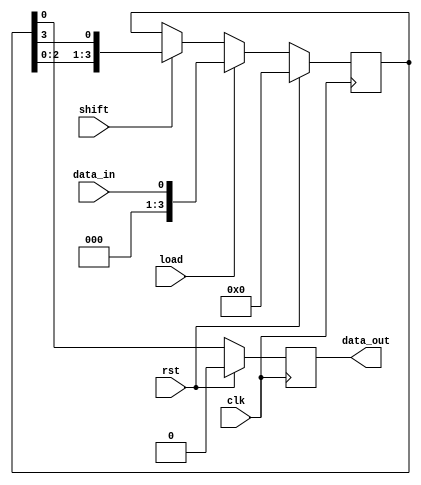
module PISO_shift_register (
    input wire clk,
    input wire rst,
    input wire data_in,
    input wire shift,
    input wire load,
    output reg data_out
);

reg [3:0] flip_flops;

always @ (posedge clk) begin
    if (rst) begin
        flip_flops <= 4'b0000;
        data_out <= 1'b0;
    end else begin
        if (load) begin
            flip_flops <= data_in;
        end else begin
            if (shift) begin
                flip_flops <= {flip_flops[2:0], flip_flops[3]};
            end
        end
        data_out <= flip_flops[0];
    end
end

endmodule